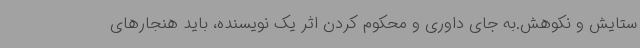
ستایش و نکوهش.به جای داوری و محکوم کردن اثر یک نویسنده، باید هنجارهای